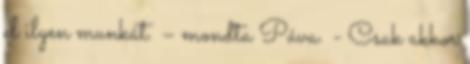
el ilyen munkát. – mondta Páva. - Csak akkor